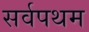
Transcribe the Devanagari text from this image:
सर्वपथम